Bombay plague: being a history of the progress of plague in the Bombay presidency from September 1896 to June 1899
Year: 1896
Disease focus: Plague
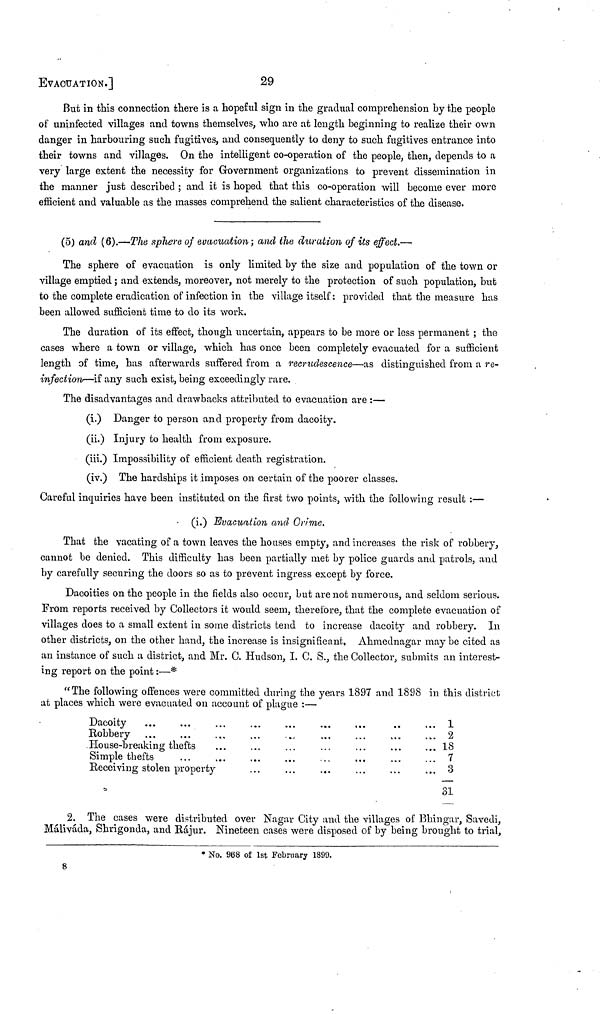
EVACUATION.]
29
But in this connection there is a hopeful sign in the gradual comprehension by the people
of uninfected villages and towns themselves, who are at length beginning to realize their own
danger in harbouring such fugitives, and consequently to deny to such fugitives entrance into
their towns and villages. On the intelligent co-operation of the people, then, depends to a
very large extent the necessity for Government organizations to prevent dissemination in
the manner just described ; and it is hoped that this co-operation will become ever more
efficient and valuable as the masses comprehend the salient characteristics of the disease.
(5) and (6).—The sphere of evacuation; and the duration of its effect.—
The sphere of evacuation is only limited by the size and population of the town or
village emptied ; and extends, moreover, not merely to the protection of such population, but
to the complete eradication of infection in the village itself : provided that the measure has
been allowed sufficient time to do its work.
The duration of its effect, though uncertain, appears to be more or less permanent ; the
cases where a town or village, which has once been completely evacuated for a sufficient
length of time, has afterwards suffered from a recrudescence—as distinguished from a re-
infection—if any such exist, being exceedingly rare.
The disadvantages and drawbacks attributed to evacuation are :—
(i.) Danger to person and property from dacoity.
(ii.) Injury to health from exposure.
(iii.) Impossibility of efficient death registration.
(iv.) The hardships it imposes on certain of the poorer classes.
Careful inquiries have been instituted on the first two points, with the following result :—
(i.) Evacuation and Crime.
That the vacating of a town leaves the houses empty, and increases the risk of robbery,
cannot be denied. This difficulty has been partially met by police guards and patrols, and
by carefully securing the doors so as to prevent ingress except by force.
Dacoities on the people in the fields also occur, but are not numerous, and seldom serious.
From reports received by Collectors it would seem, therefore, that the complete evacuation of
villages does to a small extent in some districts tend to increase dacoity and robbery. In
other districts, on the other hand, the increase is insignificant. Ahmednagar may be cited as
an instance of such a district, and Mr. C, Hudson, I. C. S., the Collector, submits an interest-
ing report on the point :—*
"The following offences were committed during the years 1897 and 1898 in this district
at places which were evacuated on account of plague :—
Dacoity
Robbery
House-breaking thefts
...
...
...
...
...
Simple thefts
...
...
...
...
..
...
. .
Receiving stolen property
...
...
...
1
2
18
7
3
31
2. The cases were distributed over Nagar City and the villages of Bhingar, Savedi,
Máliváda, Shrigonda, and Rájur. Nineteen cases were disposed of by being brought to trial,
* No. 968 of 1st February 1899.
8